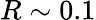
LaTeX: R\sim 0.1